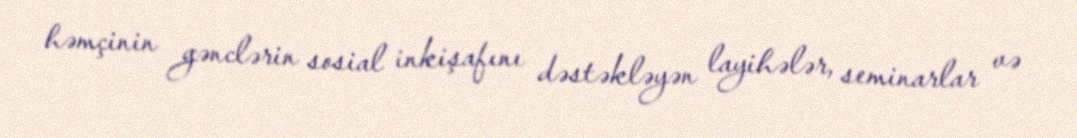
həmçinin gənclərin sosial inkişafını dəstəkləyən layihələr, seminarlar və